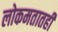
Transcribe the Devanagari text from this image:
लोकमतातही